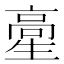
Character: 𩫍